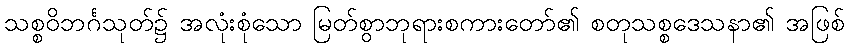
သစ္စဝိဘင်္ဂသုတ်၌ အလုံးစုံသော မြတ်စွာဘုရားစကားတော်၏ စတုသစ္စဒေသနာ၏ အဖြစ်